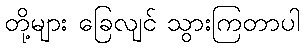
တို့များ ခြေလျင် သွားကြတာပါ